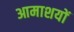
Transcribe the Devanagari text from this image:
आमाशयों